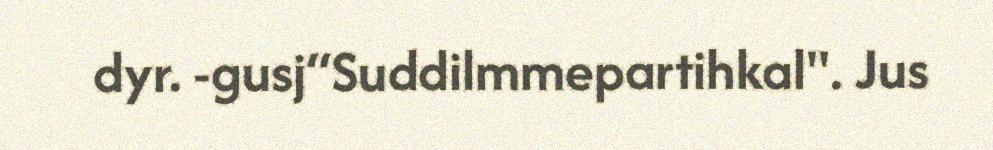
dyr. -gusj“Suddilmmepartihkal". Jus